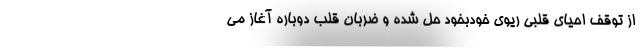
از توقف احیای قلبی ریوی خودبخود حل شده و ضربان قلب دوباره آغاز می